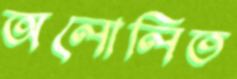
অলোলিত